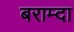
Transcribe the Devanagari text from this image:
बराम्दा